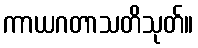
ကာယဂတာသတိသုတ်။